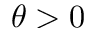
\theta > 0